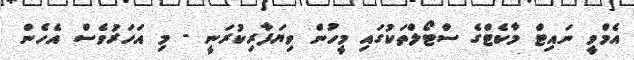
އެމްވީ ނައިޓް މާކެޓްގެ ސްޓޯލްތަކުގައި މީހުން ވިޔަފާރިކުރަނީ - މި އަހަރުވެސް އެހެން